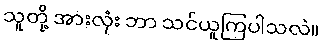
သူတို့ အားလုံး ဘာ သင်ယူကြပါသလဲ။